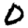
Digit: 0